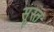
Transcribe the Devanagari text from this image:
सूस्त